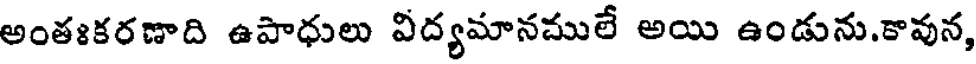
అంతఃకరణాది ఉపాధులు విద్యమానములే అయి ఉండును.కావున,